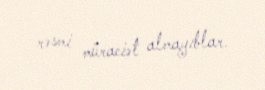
rəsmi müraciət almayıblar.